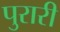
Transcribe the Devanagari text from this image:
पुरारी